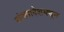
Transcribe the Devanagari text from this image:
बांगलादेशमधून